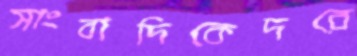
সাংবাদিকেদরে